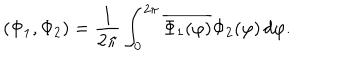
LaTeX: ( \Phi _ { 1 } , \Phi _ { 2 } ) = \frac { 1 } { 2 \pi } \int _ { 0 } ^ { 2 \pi } \overline { { { \Phi _ { 1 } ( \varphi ) } } } \Phi _ { 2 } ( \varphi ) \, d \varphi .